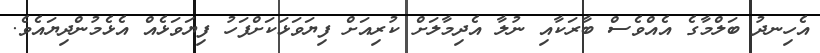
އެހިނދު ބަލްމާގެ އެއްވެސް ބާރަކާއި ނުލާ އެދިމާލަށް ކުރިއަށް ފިޔަވަޅަކަށްފަހު ފިޔަވަޅެއް އެޅެމުންދިޔައެވެ.